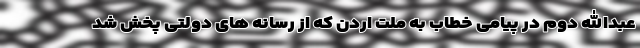
عبدالله دوم در پیامی خطاب به ملت اردن که از رسانه های دولتی پخش شد